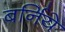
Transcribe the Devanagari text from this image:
बर्निये